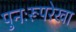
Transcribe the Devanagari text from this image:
पुनःरूपरेखा